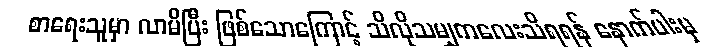
စာရေးသူမှာ လာမိပြီး ဖြစ်သောကြောင့် သိလိုသမျှကလေးသိရရန် နောက်ပါးမှ